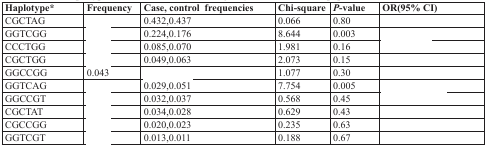
<table><thead><tr><td><b>Haplotype*</b></td><td><b>Frequency</b></td><td><b>Case, control frequencies</b></td><td><b>Chi-square</b></td><td><b><i>P</i>-value</b></td><td><b>OR(95% CI)</b></td></tr></thead><tbody><tr><td>CGCTAG</td><td>[EMPTY_CELL]</td><td>0.432,0.437</td><td>0.066</td><td>0.80</td><td>[EMPTY_CELL]</td></tr><tr><td>GGTCGG</td><td>[EMPTY_CELL]</td><td>0.224,0.176</td><td>8.644</td><td>0.003</td><td>[EMPTY_CELL]</td></tr><tr><td>CCCTGG</td><td>[EMPTY_CELL]</td><td>0.085,0.070</td><td>1.981</td><td>0.16</td><td>[EMPTY_CELL]</td></tr><tr><td>CGCTGG</td><td>[EMPTY_CELL]</td><td>0.049,0.063</td><td>2.073</td><td>0.15</td><td>[EMPTY_CELL]</td></tr><tr><td>GGCCGG</td><td>0.043</td><td>[EMPTY_CELL]</td><td>1.077</td><td>0.30</td><td>[EMPTY_CELL]</td></tr><tr><td>GGTCAG</td><td>[EMPTY_CELL]</td><td>0.029,0.051</td><td>7.754</td><td>0.005</td><td>[EMPTY_CELL]</td></tr><tr><td>GGCCGT</td><td>[EMPTY_CELL]</td><td>0.032,0.037</td><td>0.568</td><td>0.45</td><td>[EMPTY_CELL]</td></tr><tr><td>CGCTAT</td><td>[EMPTY_CELL]</td><td>0.034,0.028</td><td>0.629</td><td>0.43</td><td>[EMPTY_CELL]</td></tr><tr><td>CGCCGG</td><td>[EMPTY_CELL]</td><td>0.020,0.023</td><td>0.235</td><td>0.63</td><td>[EMPTY_CELL]</td></tr><tr><td>GGTCGT</td><td>[EMPTY_CELL]</td><td>0.013,0.011</td><td>0.188</td><td>0.67</td><td>[EMPTY_CELL]</td></tr></tbody></table>